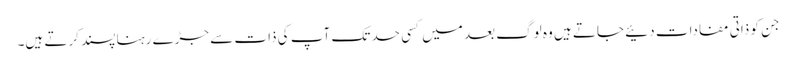
جن کو ذاتی مفادات دئیے جاتے ہیں وہ لوگ بعد میں کسی حد تک آپ کی ذات سے جڑے رہنا پسند کرتے ہیں۔